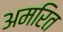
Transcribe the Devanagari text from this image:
अमरित